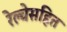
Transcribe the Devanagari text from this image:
रेल्वेसहित